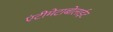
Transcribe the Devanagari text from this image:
एंटीमेटाबोलाईट